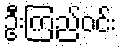
ဦးကြည်ဝင်း